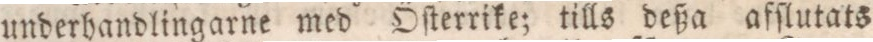
underhandlingarne med Öſterrike; tills deßa afſlutats